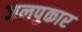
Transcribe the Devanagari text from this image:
जलपुकार